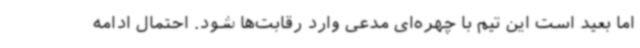
اما بعید است این تیم با چهره‌ای مدعی وارد رقابت‌ها شود. احتمال ادامه